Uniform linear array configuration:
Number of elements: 64
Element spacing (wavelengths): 0.5
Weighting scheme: hann
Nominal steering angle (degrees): -30
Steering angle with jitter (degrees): -31.025
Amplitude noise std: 0.05
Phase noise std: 0.05

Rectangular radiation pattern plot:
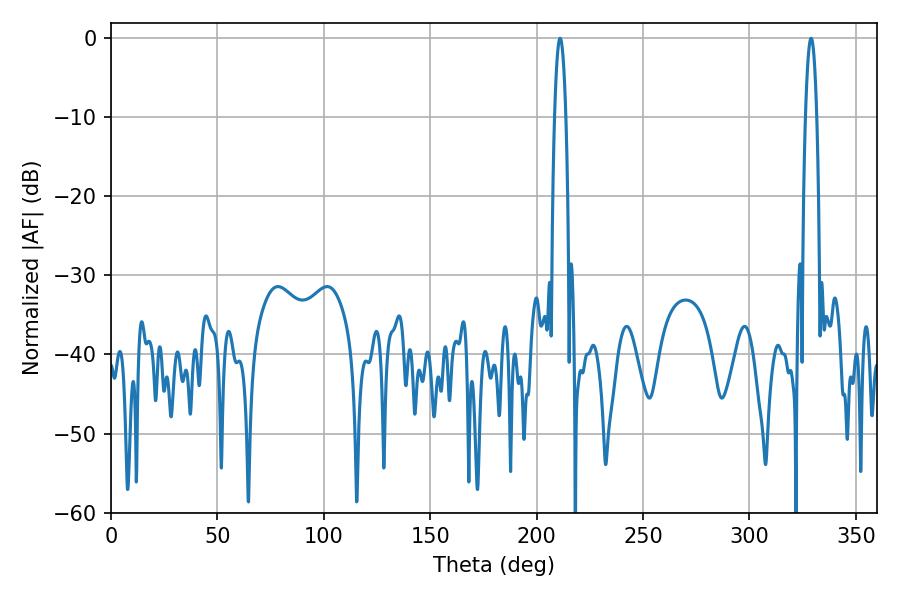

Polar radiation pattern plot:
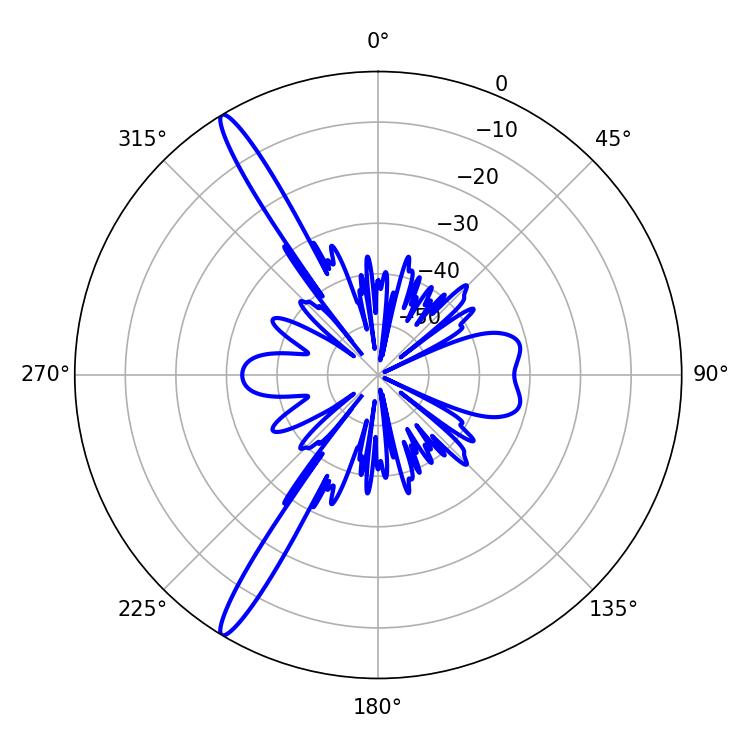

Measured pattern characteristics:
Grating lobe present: FALSE
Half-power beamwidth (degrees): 2.88
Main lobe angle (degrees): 210.96